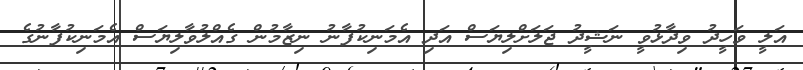
އަލީ ވަހީދު ވިދާޅުވީ ނަޝީދު ޖަލަށްލިޔަސް އަދި އެމަނިކުފާނު ނިޒާމުން ގެއްލުވާލިޔަސް އެމަނިކުފާނުގެ